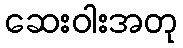
ဆေးဝါးအတု